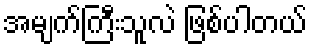
အမျက်ကြီးသူလဲ ဖြစ်ပါတယ်